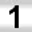
Digit: 1